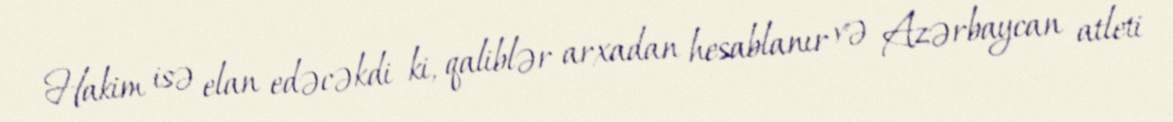
Hakim isə elan edəcəkdi ki, qaliblər arxadan hesablanır və Azərbaycan atleti